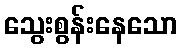
သွေးစွန်းနေသော